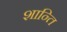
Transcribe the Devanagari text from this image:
शान्‍ति